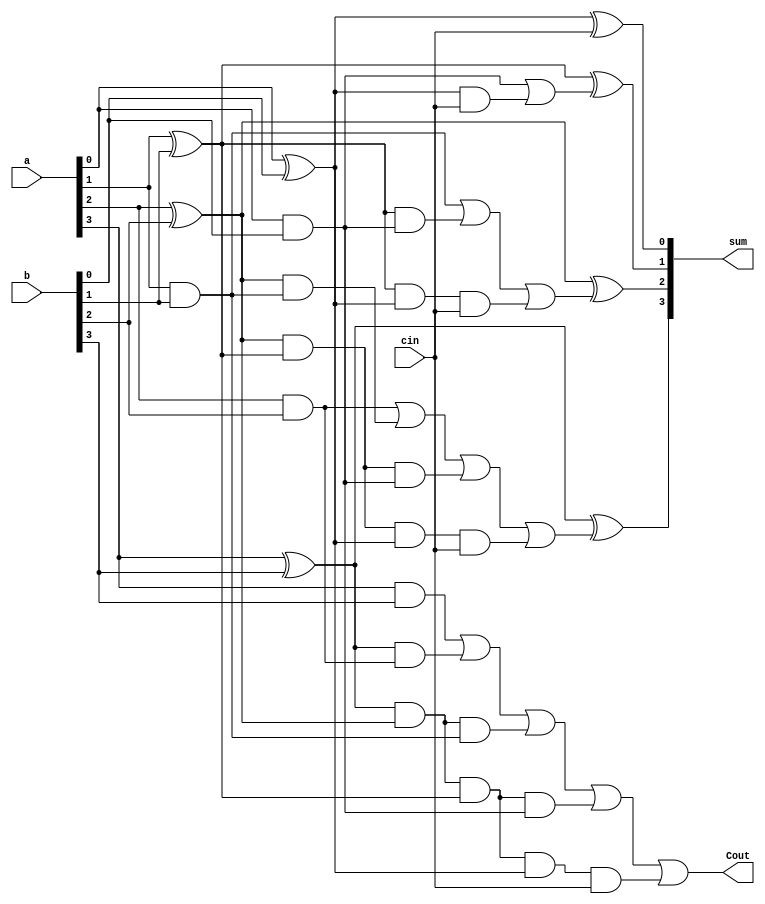
`timescale 1ns / 1ps
//////////////////////////////////////////////////////////////////////////////////
// Company: 
// Engineer: 
// 
// Design Name: 
// Module Name:    carry_look_ahead_adder 
// Project Name: 
// Target Devices: 
// Tool versions: 
// Description: 
//
// Dependencies: 
//
// Revision: 
// Revision 0.01 - File Created
// Additional Comments: 
//
//////////////////////////////////////////////////////////////////////////////////
module adder_4bit_cla(a, b, cin,sum, Cout);

    input [3:0] a, b;
    input cin;
    output [3:0] sum;
    output Cout;
    
    wire P0,P1,P2,P3,G0,G1,G2,G3;
    wire C4, C3, C2, C1;
    
    assign
        P0 = a[0] ^ b[0],
        P1 = a[1] ^ b[1],
        P2 = a[2] ^ b[2],
        P3 = a[3] ^ b[3];
        
    assign
        G0 = a[0] & b[0],
        G1 = a[1] & b[1],
        G2 = a[2] & b[2],
        G3 = a[3] & b[3];
        
    assign
        C1 = G0 | (P0 & cin),
        C2 = G1 | (P1 & G0) | (P1 & P0 & cin),
        C3 = G2 | (P2 & G1) | (P2 & P1 & G0) | (P2 & P1 & P0 & cin),
        C4 = G3 | (P3 & G2) | (P3 & P2 & G1) | (P3 & P2 & P1 & G0) | (P3 & P2 & P1 & P0 & cin);
        
    assign
        sum[0] = P0 ^ cin,
        sum[1] = P1 ^ C1,
        sum[2] = P2 ^ C2,
        sum[3] = P3 ^ C3;
        
    assign Cout = C4;
    
endmodule